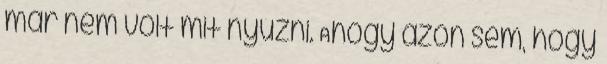
már nem volt mit nyúzni. Ahogy azon sem, hogy